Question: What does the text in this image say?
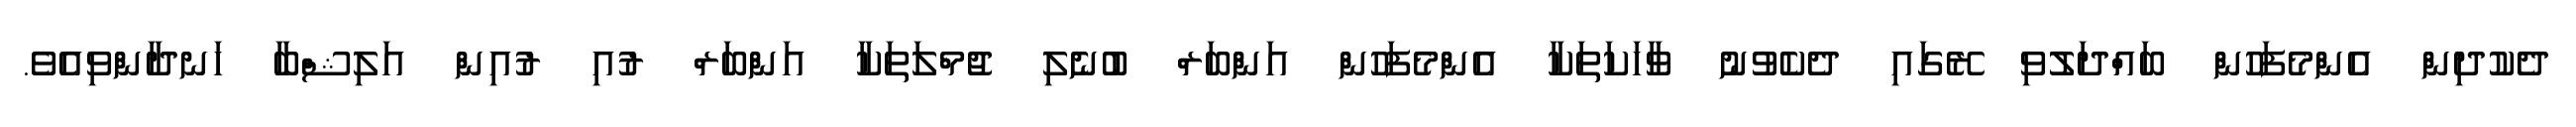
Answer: ދެކުދިން އެންމެފަހުން ބައްދަލުވި ރޭގައި ދެކެވުނު ވާހަކަތަކާ އެންމެފަހުން އަންބަރް ބުނެލި ޖުމްލަތަކާ އަންބަރް ރުއި ރުއިން އަލިޝްބާ ހަނދާންވިއެވެ.